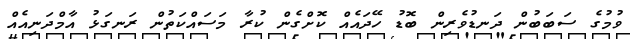
ވުމުގެ ސަބަބުން ދަނޑުވެރިން ބޮޑު ހޭދައެއް ކޮށްގެން ކުރާ މަސައްކަތުން ރަނގަޅު އާމްދަނިއެއް